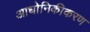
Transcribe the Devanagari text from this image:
आधोनिकीकरण